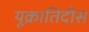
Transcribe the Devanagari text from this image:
यूक्रातिदीस